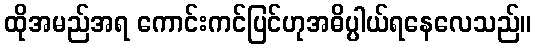
ထိုအမည်အရ ကောင်းကင်ပြင်ဟုအဓိပ္ပါယ်ရနေလေသည်။